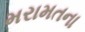
મરામતના